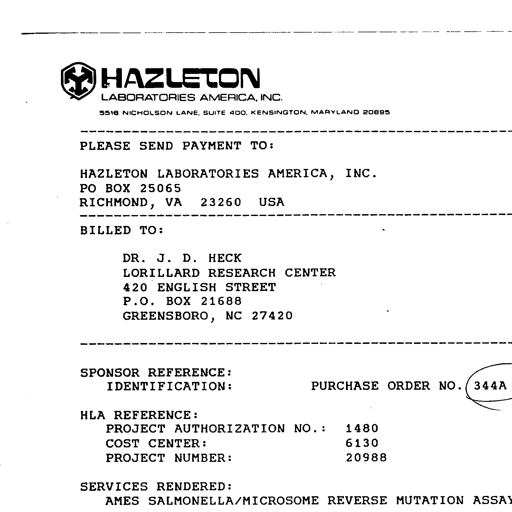
Transcript:
HAZLETON
LABORATORIES AMERICA, INC.
5516 NICHOLSON LANE, SUITE 400, KENSINGTON, MARYLAND 20895
-----------------------------------------------------------------------
PLEASE SEND PAYMENT TO:
HAZLETON LABORATORIES AMERICA, INC.
PO BOX 25065
RICHMOND, VA 23260 USA
-----------------------------------------------------------------------
BILLED TO:
DR. J. D. HECK
LORILLARD RESEARCH CENTER
420 ENGLISH STREET
P.O. BOX 21688
GREENSBORO, NC 27420
-----------------------------------------------------------------------
SPONSOR REFERENCE:
IDENTIFICATION: PURCHASE ORDER NO. 344A
HLA REFERENCE:
PROJECT AUTHORIZATION NO. : 1480
COST CENTER: 6130
PROJECT NUMBER: 20988
SERVICES RENDERED:
AMES SALMONELLA/MICROSOME REVERSE MUTATION ASSAY